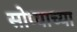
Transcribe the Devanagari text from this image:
सोप्याच्या